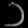
Digit: ၁